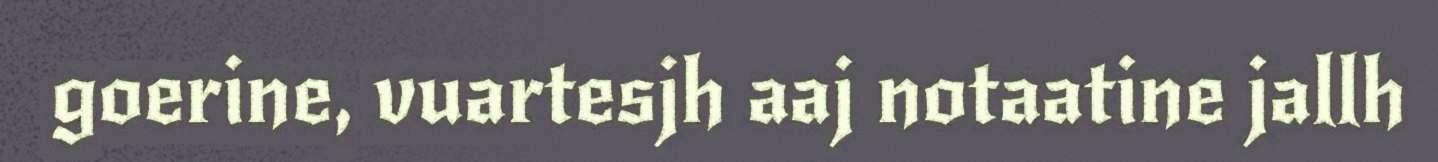
goerine, vuartesjh aaj notaatine jallh